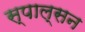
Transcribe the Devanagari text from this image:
स्पाल्सन